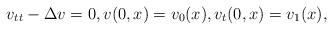
LaTeX: \begin{align*}v_{tt}-\Delta v =0, v(0,x) = v_0(x), v_t(0,x)=v_1(x),\end{align*}